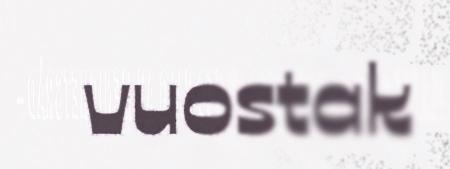
vuostak